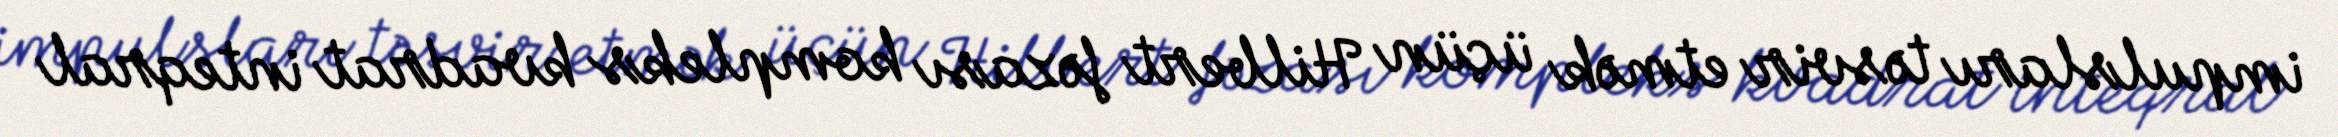
impulsları təsvir etmək üçün Hilbert fəzası kompleks kvadrat inteqral